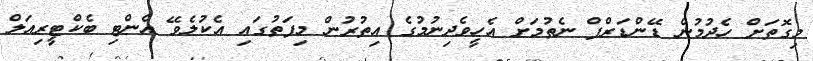
މިގޮތަށް ހެދުމުން ޑޭންޑަރްފް ނެތުމަށް އެހީވެދިނުމުގެ އިތުރުން މިފަތުގައި އެކުލެވޭ އެންޓި ބެކްޓީރިއަލް